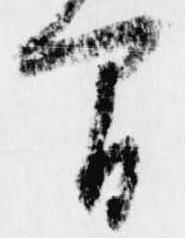
間